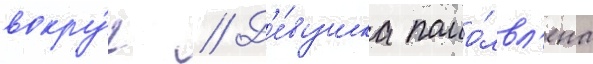
вокру́г // Д'е́вушка помо́лвл'ена